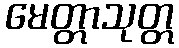
မေတ္တာသုတ္တ